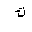
Letter: _kaf